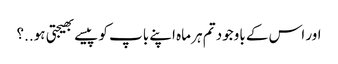
اور اس کے باوجود تم ہر ماہ اپنے باپ کو پیسے بھیجتی ہو..؟